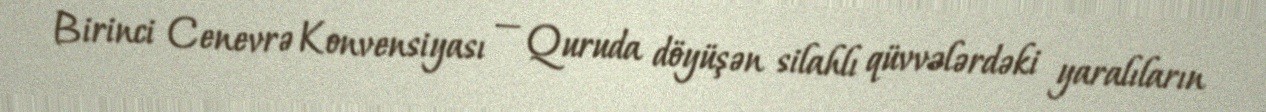
Birinci Cenevrə Konvensiyası — Quruda döyüşən silahlı qüvvələrdəki yaralıların